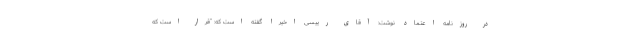
در روزنامه اعتماد نوشت: آقای رییسی اخیراً گفته است که: ”قرار است که